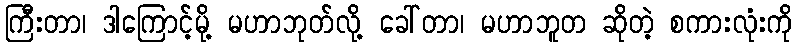
ကြီးတာ၊ ဒါကြောင့်မို့ မဟာဘုတ်လို့ ခေါ်တာ၊ မဟာဘူတ ဆိုတဲ့ စကားလုံးကို